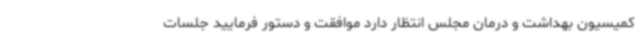
کمیسیون بهداشت و درمان مجلس انتظار دارد موافقت و دستور فرمایید جلسات